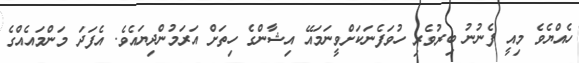
ހެއްޔެވެ މިއީ ފެނުނު ބިރުވެރި ހުވަފެނަކަށްވީނަމައޭ އިޝާންގެ ހިތަށް އަރަމުންދިޔައެވެ. އެފަދަ މަންމައެއްގެ